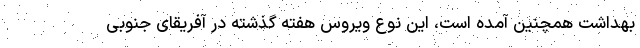
بهداشت همچنین آمده است، این نوع ویروس هفته گذشته در آفریقای جنوبی